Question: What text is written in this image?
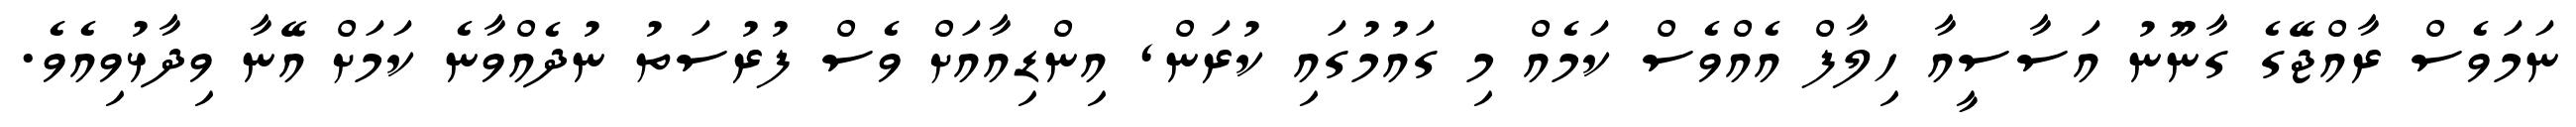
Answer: ނަމަވެސް ރާއްޖޭގެ ގާނޫނު އަސާސީއާ ހިލާފް އެއްވެސް ކަމެއް މި ގައުމުގައި ކުރަން, އިންޑިއާއަށް ވެސް ފުރުސަތު ނުދެއްވާނެ ކަމަށް އޭނާ ވިދާޅުވިއެވެ.